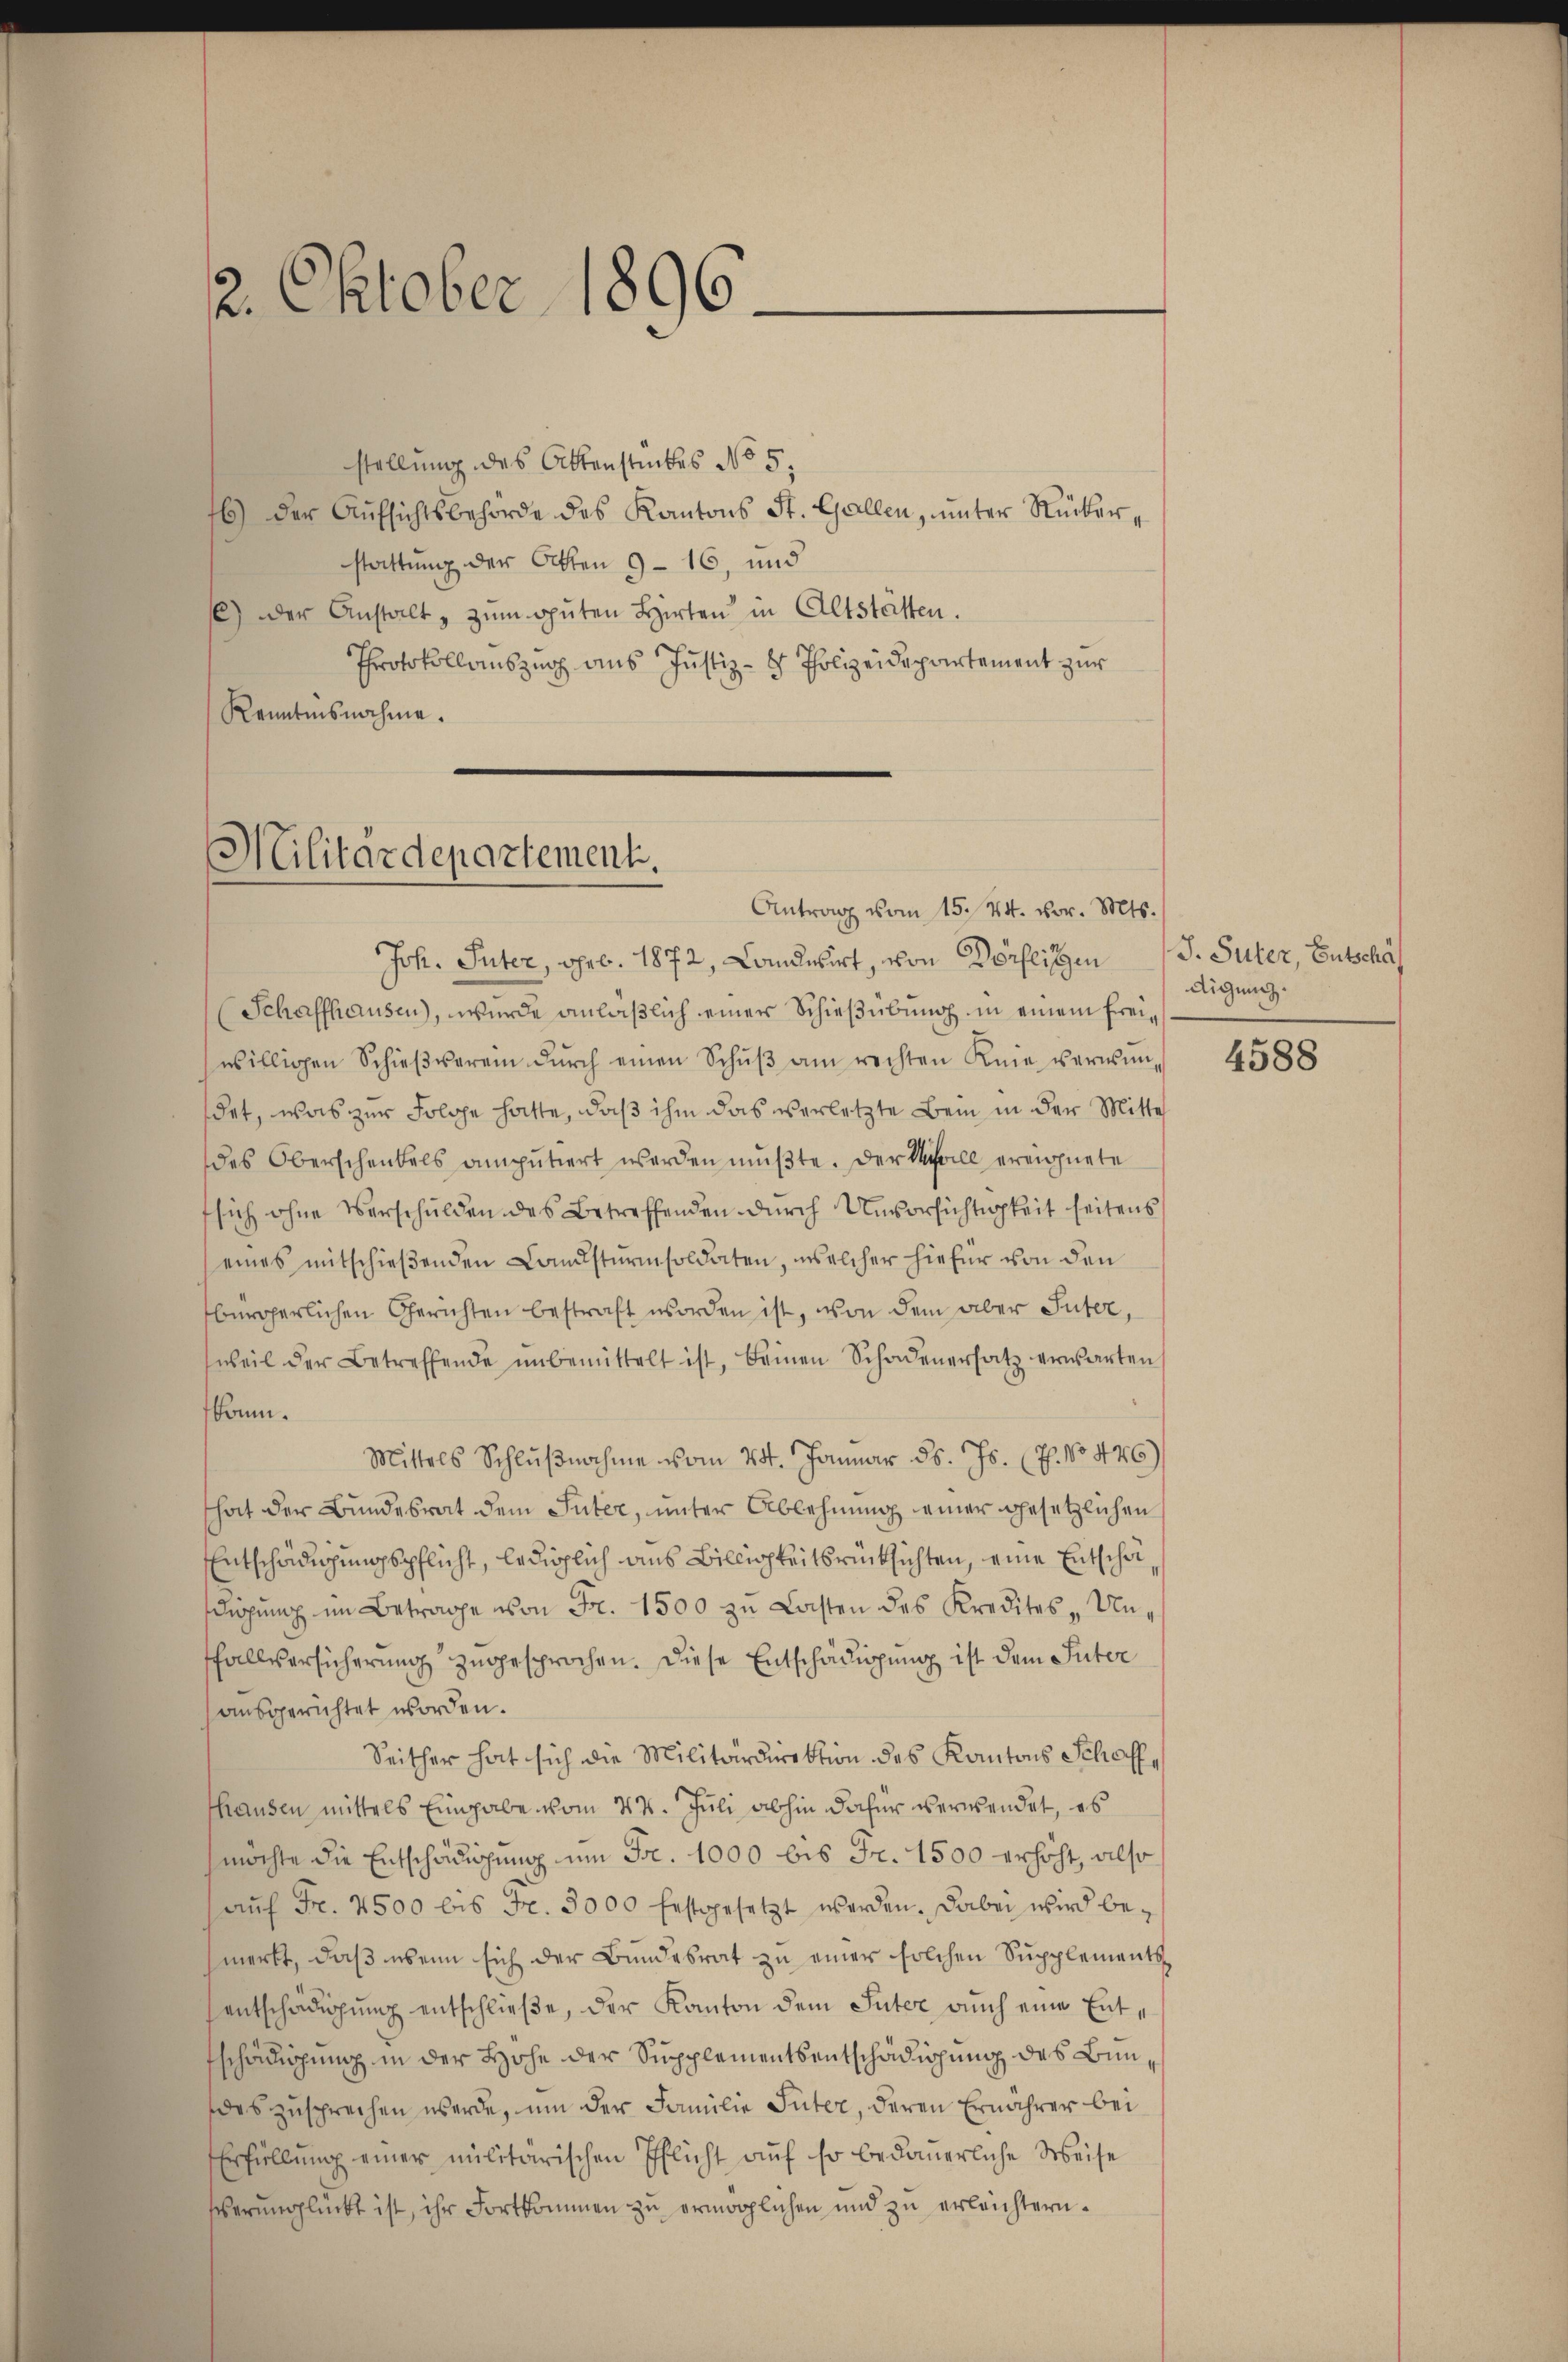
2. Oktober 1896.

stellung des Attenstückes No 5.
6) der Aŭfsichtsbehörde des Kantons St. Gallen, unter Rücker-
stattung der Otten 9 - 16, und
s) der Anstalt zŭm gŭten Hirten in Altstätten.
Protokollauszug aus Justiz- & Polizeidepartement zur
Kenntnisnahme.

Militärdepartement.
Antrag vom 15. 24. vor. Mts.

Joh. Suter, geb. 1872, Landwirt, von Dörflitzen
Schaffhausen), wurde anläßlich einer Schießübung in einem Freiwilligen Schieβverein dŭrch einen Schŭβ am rechten Knie verwŭn-
det, was zur Folge hatte, daß ihm das verletzte Bei in der Mitte
des Oberschenkels amputiert werden müßte. Der Schall ereignete
fsich ohne Verschulden des Betreffenden durch Unvorsichtigkeit seitens
eines mitschieβenden Landstŭrmsoldaten, welcher hiefür von den
bürgerlichen Gerichten bestraft worden ist, von dem aber Suter,
weil der Betreffende ŭnbemittelt ist, beinen Schadenersatz erwarten
kann.
Mittels Schlŭβnahme vom 24. Januar d. Js. (T. No 446)
hat der Bundesrat dem Inter, unter Ablehnung einer gesetzlichen
Entschädigungspflicht, lediglich aus Billichkeitsrücksichten, eine Entschädigŭng im Betrage von Fr. 1500 zu Lasten des Kredites - Un-
fallversicherung zugesprochen. Diese Entschädigung ist dem Inter
ausgerichtet worden.
Seither hat sich die Militärdirektion des Kantons Schaffthausen mittels Eingabe vom 24. Juli abhin dafür verwendet, es
möchte die Entschädigung um Fr. 1000 bis Fr. 1500 erhöht, also
aŭf Fr. 2500 bis Fr. 3000 festgesetzt werden. Dabei wird bemerkt, daß wenn sich der Bundesrat zu einer solchen Supplementsentschädigung entschließe, der Kanton dem Suter auch eine Entschädigung in der Hohe der Supplementsentschädigung des Bundeszusprechen werde, um der Familie Inter, deren Ernährer bei
Erfüllung einer militärischen Pflicht auf so bedauerliche Weise
berunglückt ist, ihr Fortkommen zu ermöglichen und zu erleichtern.

J. Suter, Entschaf
digung.

4588